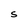
Character: S